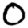
Digit: 0